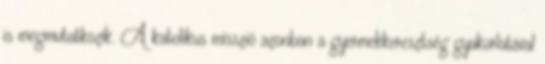
is megmutatkozik. A katolikus misszió azonban a gyermekkeresztség gyakorlatával